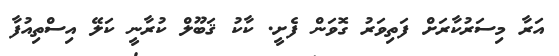
އަރާ މިސަރުކާރަށް ފަތިވަރު ގޮވަން ފެށީ. ކާކު ޤަބޫލް ކުރާނީ ކަލޭ އިސްތިއުފާ